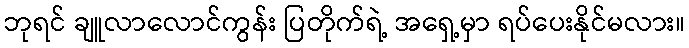
ဘုရင် ချူလာလောင်ကွန်း ပြတိုက်ရဲ့ အရှေ့မှာ ရပ်ပေးနိုင်မလား။